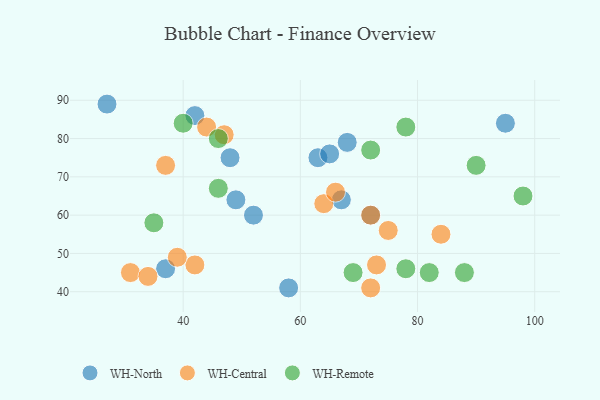
{"axis": {"x": "GDP", "y": "Life Expectancy"}, "legend": ["WH-Central", "WH-North", "WH-Remote"], "data": [{"x": "27", "y": 89, "type": "WH-North"}, {"x": "58", "y": 41, "type": "WH-North"}, {"x": "68", "y": 79, "type": "WH-North"}, {"x": "48", "y": 75, "type": "WH-North"}, {"x": "67", "y": 64, "type": "WH-North"}, {"x": "37", "y": 46, "type": "WH-North"}, {"x": "49", "y": 64, "type": "WH-North"}, {"x": "63", "y": 75, "type": "WH-North"}, {"x": "65", "y": 76, "type": "WH-North"}, {"x": "72", "y": 60, "type": "WH-North"}, {"x": "42", "y": 86, "type": "WH-North"}, {"x": "52", "y": 60, "type": "WH-North"}, {"x": "95", "y": 84, "type": "WH-North"}, {"x": "75", "y": 56, "type": "WH-Central"}, {"x": "37", "y": 73, "type": "WH-Central"}, {"x": "31", "y": 45, "type": "WH-Central"}, {"x": "73", "y": 47, "type": "WH-Central"}, {"x": "64", "y": 63, "type": "WH-Central"}, {"x": "47", "y": 81, "type": "WH-Central"}, {"x": "72", "y": 60, "type": "WH-Central"}, {"x": "42", "y": 47, "type": "WH-Central"}, {"x": "84", "y": 55, "type": "WH-Central"}, {"x": "72", "y": 41, "type": "WH-Central"}, {"x": "66", "y": 66, "type": "WH-Central"}, {"x": "39", "y": 49, "type": "WH-Central"}, {"x": "34", "y": 44, "type": "WH-Central"}, {"x": "44", "y": 83, "type": "WH-Central"}, {"x": "78", "y": 83, "type": "WH-Remote"}, {"x": "72", "y": 77, "type": "WH-Remote"}, {"x": "88", "y": 45, "type": "WH-Remote"}, {"x": "90", "y": 73, "type": "WH-Remote"}, {"x": "46", "y": 67, "type": "WH-Remote"}, {"x": "69", "y": 45, "type": "WH-Remote"}, {"x": "98", "y": 65, "type": "WH-Remote"}, {"x": "40", "y": 84, "type": "WH-Remote"}, {"x": "82", "y": 45, "type": "WH-Remote"}, {"x": "78", "y": 46, "type": "WH-Remote"}, {"x": "35", "y": 58, "type": "WH-Remote"}, {"x": "46", "y": 80, "type": "WH-Remote"}]}